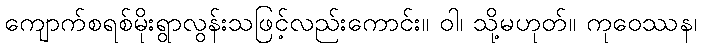
ကျောက်စရစ်မိုးရွာလွန်းသဖြင့်လည်းကောင်း။ ဝါ၊ သို့မဟုတ်။ ကုဝေဿန၊